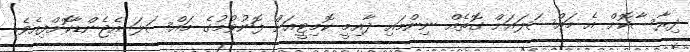
ދިރާސާކޮށް އެ މައްސަލައަށް ގޮތެއް ނިންމައި ދާއިމީ ކޮމިޓީއަށް ފޮނުވުމުގެ މައްސަލަ އެޖެންޑާކޮށްފިއެވެ.